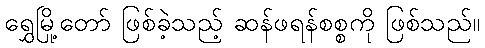
ရွှေမြို့တော် ဖြစ်ခဲ့သည့် ဆန်ဖရန်စစ္စကို ဖြစ်သည်။